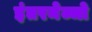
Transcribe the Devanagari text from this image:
इंतरमेज्जो